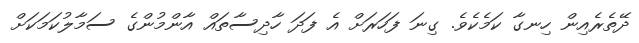
ދޭތެރެއިން ހިނގާ ކަމެކެވެ. ގިނަ ފަހަރަށް އެ ފަދަ ހާދިސާތައް އާންމުންގެ ސަމާލުކަމަކަށް